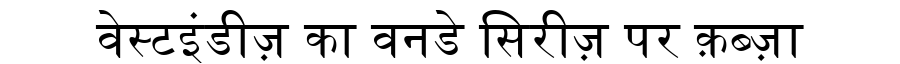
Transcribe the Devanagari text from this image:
वेस्टइंडीज़ का वनडे सिरीज़ पर क़ब्ज़ा